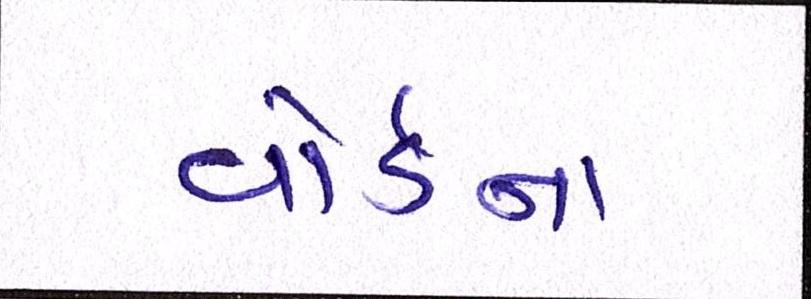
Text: વોર્ડનાં